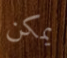
يمكن